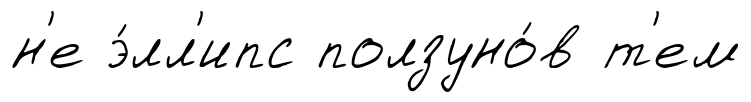
н'е э́лл'ипс ползуно́в т'ем